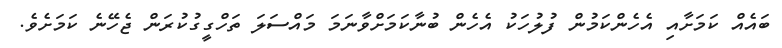
ބައެއް ކަމަށާއި އެހެންކަމުން ފުލުހަކު އެހެން ބުނާކަމަށްވާނަމަ މައްސަލަ ތަހްގީގުކުރަން ޖެހޭނެ ކަމަށެވެ.